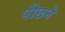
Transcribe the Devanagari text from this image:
पीछने